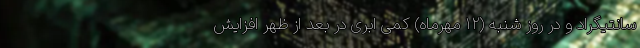
سانتیگراد و در روز شنبه (۱۲ مهرماه) کمی ابری در بعد از ظهر افزایش